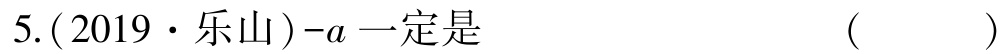
5.(2019·乐山)-a一定是  (  )